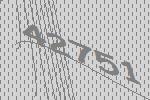
42751